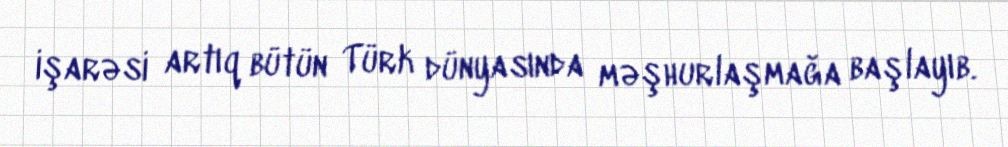
işarəsi artıq bütün Türk dünyasında məşhurlaşmağa başlayıb.